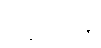
ဒိဗ္ဗယာနံ